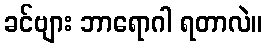
ခင်ဗျား ဘာရောဂါ ရတာလဲ။